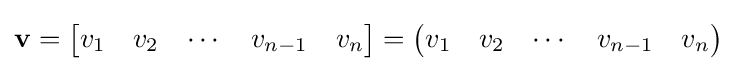
\mathbf {v} ={\begin{bmatrix}v_{1}&v_{2}&\cdots &v_{n-1}&v_{n}\end{bmatrix}}={\begin{pmatrix}v_{1}&v_{2}&\cdots &v_{n-1}&v_{n}\end{pmatrix}}